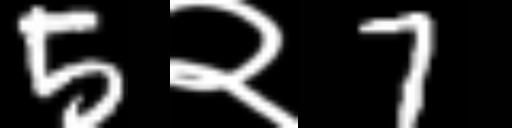
Text: 5२7